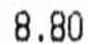
8.80